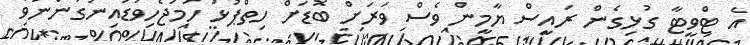
އެ ޓްވީޓާ ގުޅިގެން ރައީސް ޔާމީން ވެސް ވަރަށް ބޮޑަށް ހިތްޕުޅު ހަމަޖެހިވަޑައިނުގަންނަވާ